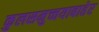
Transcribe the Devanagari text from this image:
कुलसमुच्चयाबाहेर